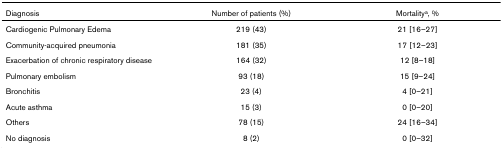
<table><thead><tr><td><b>Diagnosis</b></td><td><b>Number of patients (%)</b></td><td><b>Mortality<sup>a</sup>, %</b></td></tr></thead><tbody><tr><td>Cardiogenic Pulmonary Edema</td><td>219 (43)</td><td>21 [16–27]</td></tr><tr><td>Community-acquired pneumonia</td><td>181 (35)</td><td>17 [12–23]</td></tr><tr><td>Exacerbation of chronic respiratory disease</td><td>164 (32)</td><td>12 [8–18]</td></tr><tr><td>Pulmonary embolism</td><td>93 (18)</td><td>15 [9–24]</td></tr><tr><td>Bronchitis</td><td>23 (4)</td><td>4 [0–21]</td></tr><tr><td>Acute asthma</td><td>15 (3)</td><td>0 [0–20]</td></tr><tr><td>Others</td><td>78 (15)</td><td>24 [16–34]</td></tr><tr><td>No diagnosis</td><td>8 (2)</td><td>0 [0–32]</td></tr></tbody></table>